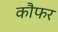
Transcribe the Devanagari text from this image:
कौफर